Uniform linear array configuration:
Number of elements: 24
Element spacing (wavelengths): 0.75
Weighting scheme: hamming
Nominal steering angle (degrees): -15
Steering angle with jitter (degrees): -14.525
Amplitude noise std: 0.05
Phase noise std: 0.05

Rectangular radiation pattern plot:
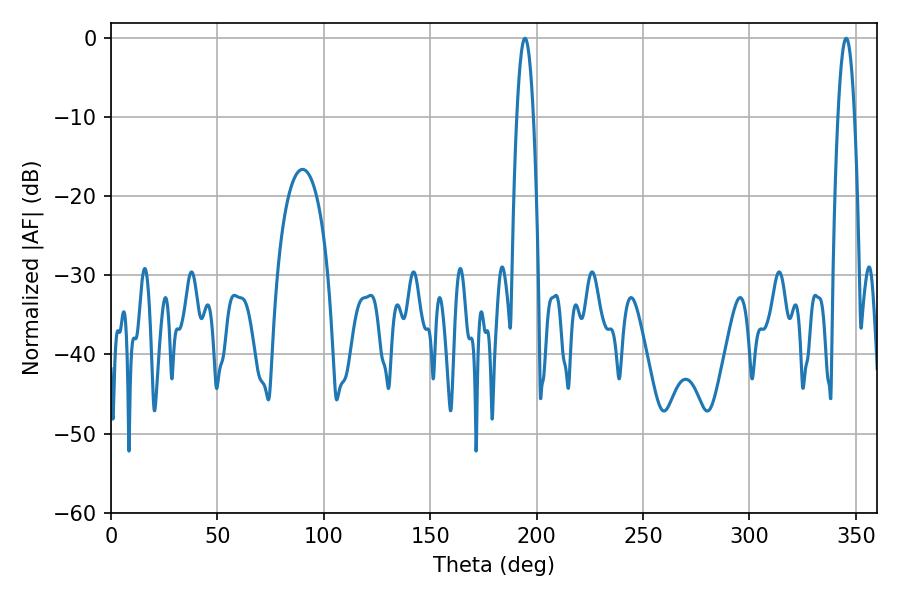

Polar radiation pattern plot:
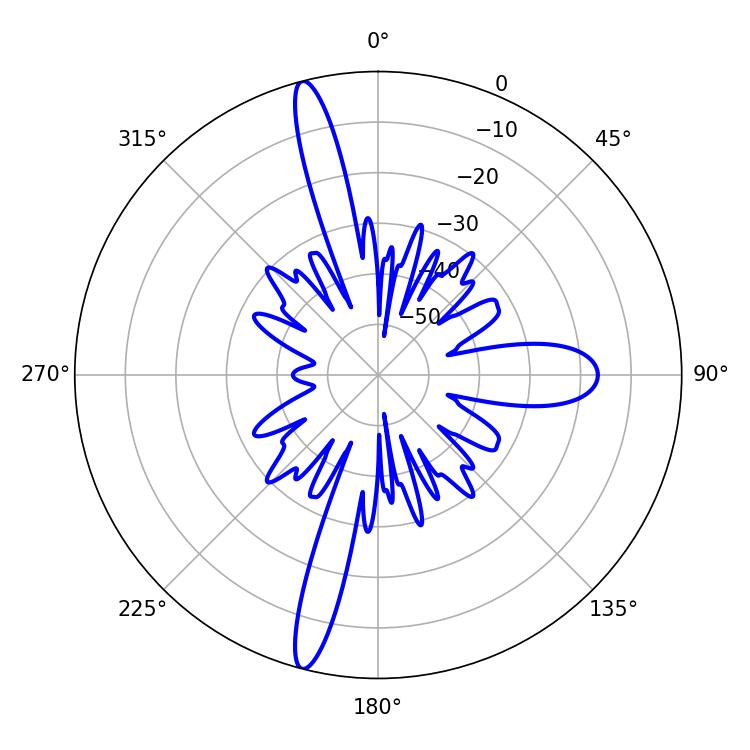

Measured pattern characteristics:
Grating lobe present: TRUE
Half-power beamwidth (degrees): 4.32
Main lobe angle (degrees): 194.58